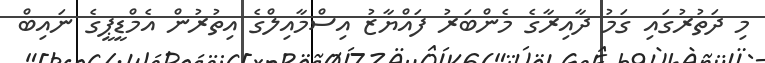
މި ދަތުރުގައި ގަމު ދާއިރާގެ މެންބަރު ފައްޔާޒު އިސްމާއިލްގެ އިތުރުން އެމްޑީޕީގެ ނައިބް